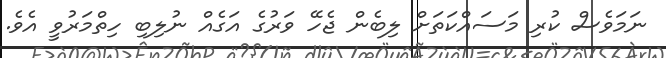
ނަމަވެސް ކުރި މަސައްކަތަށް ލިބެން ޖެހޭ ވަރުގެ އަގެއް ނުލިބި ހިތްމަރުވީ އެވެ.